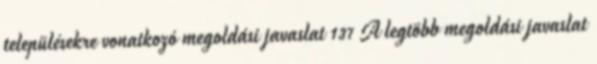
településekre vonatkozó megoldási javaslat 137 A legtöbb megoldási javaslat